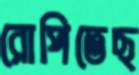
রোপিতেছ